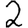
Digit: 2